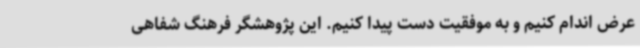
عرض اندام کنیم و به موفقیت دست پیدا کنیم. این پژوهشگر فرهنگ شفاهی